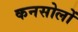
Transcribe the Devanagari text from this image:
कनसोलों